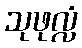
သုဖုလ္လံ